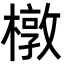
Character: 橔